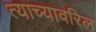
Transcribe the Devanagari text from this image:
त्याच्यावरिल